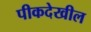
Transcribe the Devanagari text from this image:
पीकदेखील